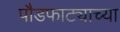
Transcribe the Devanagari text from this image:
पौडफाट्याच्या